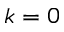
k = 0